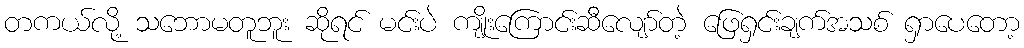
တကယ်လို့ သဘောမတူဘူး ဆိုရင် မင်းပဲ ကျိုးကြောင်းဆီလျော်တဲ့ ဖြေရှင်းချက်အသစ် ရှာပေတော့